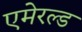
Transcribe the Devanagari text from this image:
एमेरल्ड